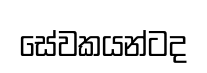
සේවකයන්ටද